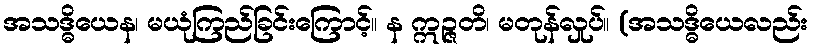
အသဒ္ဓိယေန၊ မယုံကြည်ခြင်းကြောင့်။ န ဣဉ္ဇတိ၊ မတုန်လှုပ်။ (အသဒ္ဓိယေလည်း